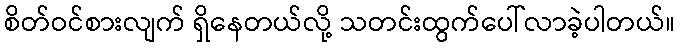
စိတ်ဝင်စားလျက် ရှိနေတယ်လို့ သတင်းထွက်ပေါ်လာခဲ့ပါတယ်။